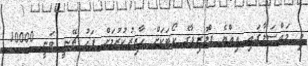
މި މައްސަލާގައި އިއްޔެ ފްލޮރިޑާގެ ކޯޓަކަށް ހާޒިރުކުރުމަށް ފަހު ޗޭނީ ވަނީ 10000